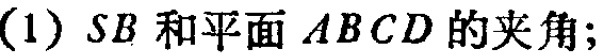
(1) \(SB\)和平面\(ABCD\)的夹角;